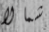
شمالا